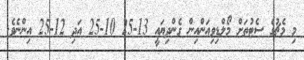
މި މެޗުގެ ސެޓުތަށް މޯލްޑިވިއަންއިން ގެންދިޔައީ 13-25 10-25 އަދި 12-25 އިންނެވެ.